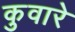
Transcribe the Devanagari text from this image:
कुवारे